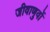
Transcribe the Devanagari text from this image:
जीवाणुवों